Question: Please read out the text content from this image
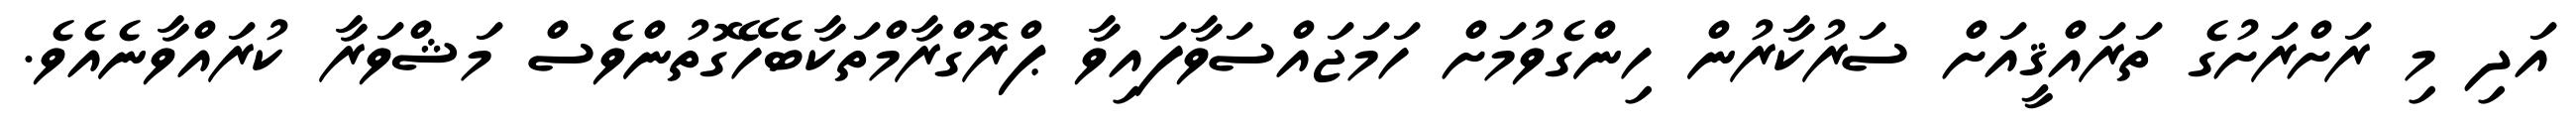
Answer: އަދި މި ރަށްރަށުގެ ތަރައްޤީއަށް ސަރުކާރުން ހިންގެވުމަށް ހަމަޖައްސަވާފައިވާ ޕްރޮގްރާމްތަކާބެހޭގޮތުންވެސް މަޝްވަރާ ކުރައްވާނެއެވެ.